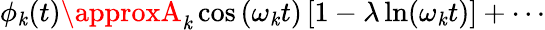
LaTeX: \phi_{\mathit{k}}(t)\approxA_{\mathit{k}}\cos\left(\omega_{\mathit{k}}t\right)\left[1-\lambda\ln(\omega_{\mathit{k}}t)\right]+\cdots